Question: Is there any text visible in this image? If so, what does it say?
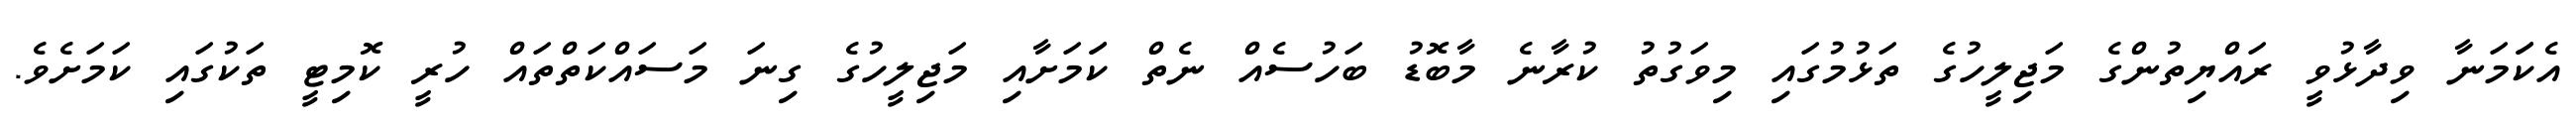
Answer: އެކަަމަނާ ވިދާޅުވީ ރައްޔިތުންގެ މަޖިލީހުގެ ތަޅުމުގައި މިވަގުތު ކުރާނެ މާބޮޑު ބަހުސެއް ނެތް ކަަމަށާއި މަޖިލީހުގެ ގިނަ މަސައްކަތްތައް ހުރީ ކޮމިޓީ ތަކުގައި ކަމަށެވެ.